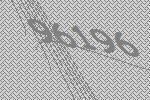
96196